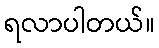
ရလာပါတယ်။